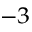
^ { - 3 }